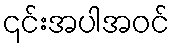
၎င်းအပါအဝင်